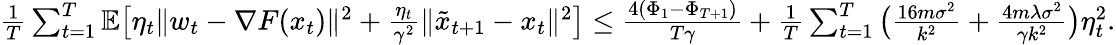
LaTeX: \begin{array}{r}{\frac{1}{T}\sum_{t=1}^{T}\mathbb{E}\big[\eta_{t}\| w_{t}-\nabla F(x_{t})\| ^{2}+\frac{\eta_{t}}{\gamma^{2}}\| \tilde{x}_{t+1}-x_{t}\| ^{2}\big]\leq\frac{4(\Phi_{1}-\Phi_{T+1})}{T\gamma}+\frac{1}{T}\sum_{t=1}^{T}\big(\frac{16m\sigma^{2}}{k^{2}}+\frac{4m\lambda\sigma^{2}}{\gamma k^{2}}\big)\eta_{t}^{2}.}\end{array}